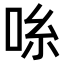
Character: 𫩹